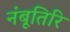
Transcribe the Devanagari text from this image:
नंबूतिरि